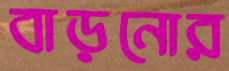
বাড়নোর